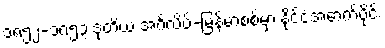
၁၈၅၂-၁၈၅၃ ဒုတိယ အင်္ဂလိပ်-မြန်မာစစ်မှာ နိုင်ငံအောက်ပိုင်း